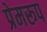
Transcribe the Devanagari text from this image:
प्रेमरूप